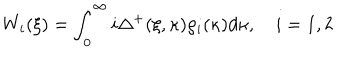
LaTeX: W _ { i } ( \xi ) = \int _ { 0 } ^ { \infty } i \Delta ^ { + } ( \xi , \kappa ) \rho _ { i } ( \kappa ) d \kappa , \quad i = 1 , 2